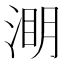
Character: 𭱑